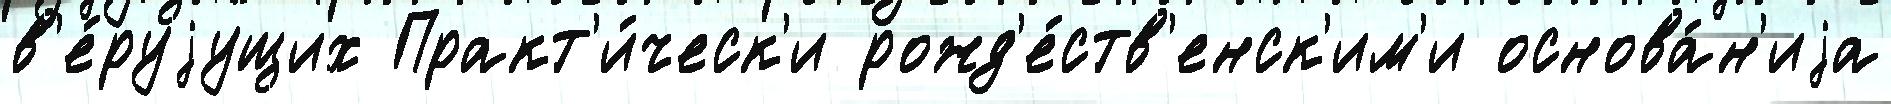
в'е́руjущих Практ'и́ческ'и рожд'е́ств'енск'им'и основа́н'иjа